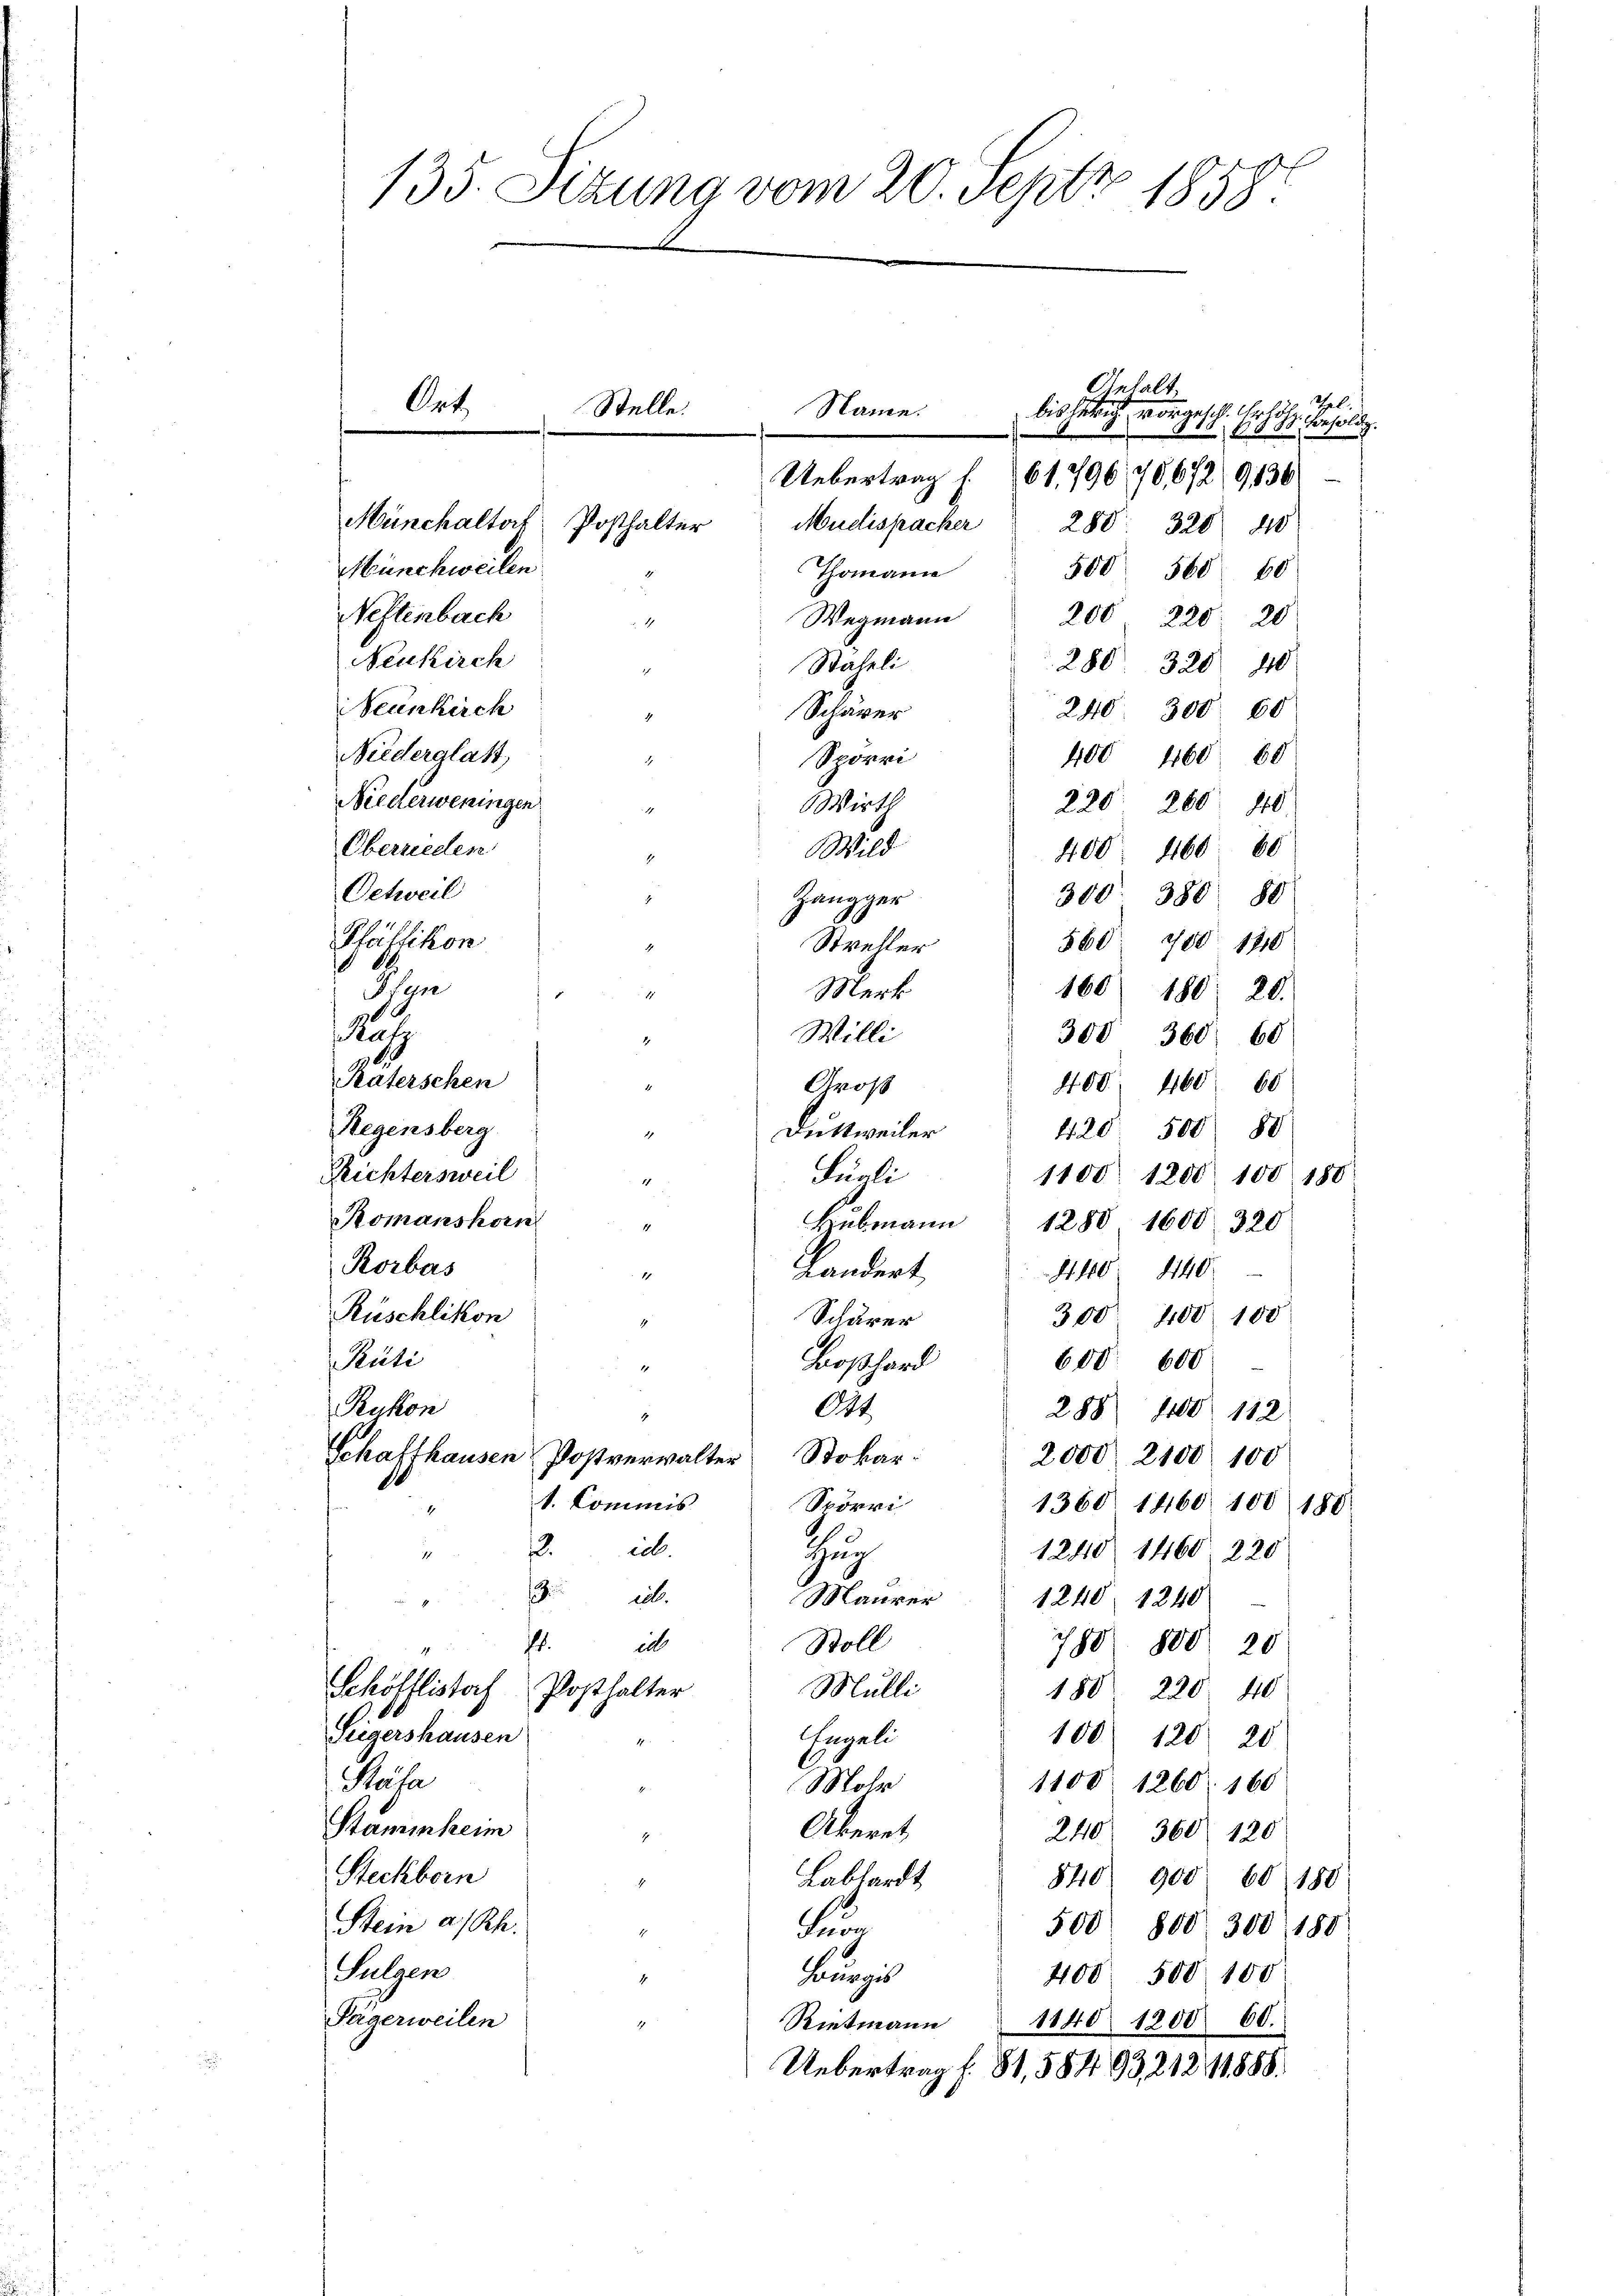
135. Sizung vom 20. Septz 1858.

Münchaltorf
Mudispacher
280. 320 40
Münchweilen
Thomann
500 560 60
Neftenbach
200
Wegmann
220: 20

Neukirch
Staheli
280. 320 40
Neunkirch
240. 300 60
Schärer
Niederglatt,
400
6069
Spörri
.
Niederweningen.
Wirth
220 280. 810
Oberrieden
Wild
400. 1160. 60
Oetweil
300. 380, 80
Zangger
Pfäffikon
560 788 1710
Strehler
Plan
Merk
160) 180. 20.
u
Willi
300' 360. 60
.
Raterschen
408. 460. 68
Groß
Regensberg
420. 500. 88
Duttweiler
¬
Richtersweil
Fuali
1100. 1200. 100 180
1
Romanshorn
Hubmann 1288 1600. 320
Rorbas
Kandert
S. 40. 440
1
Rüschlikon
300. 4100. 100
Schärer
1
Puti
600. 600
Boßhard
1
Rukon
Ott
288 800 112
Schaffhausen Postverwalter Stokar-
2,000 2100 100
t. Commis
Spörri
1360. 1460 100 180.
2.icb.
1240 1460. 220
Zuch
11
2
.
Maurer 1240. 1240
.
il
Stoll
780 800 20
1
Schöfflistorf Posthalter
Mulli
180. 220 40
Seigershausen
Engeli
100 120 20
Stäfa
1108 1260. 160
Mole
Stammheim
Abkeret,
240 360 120
Steckborn
Labhardt
840 900 60. 180
Stein a/Rh.
500 800. 300, 188
Fen
1.
Sulzen
Bourgis
408. 500 100
Pägerweilen
Rietmann 1140 1200 60.
Uebertrag f. 81, 584 93, 212 11888.

Ort,

Stelle.

Posthalter

Name.
Uebertrag f

Gehalt
Thel.
bis herrich vorgesch. Erhöhe, Consolig.
61,796/70,672/9136/